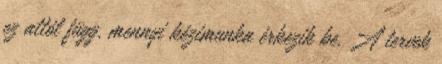
ez attól függ, mennyi kézimunka érkezik be. A tervek